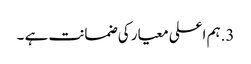
3.ہم اعلی معیار کی ضمانت ہے ۔